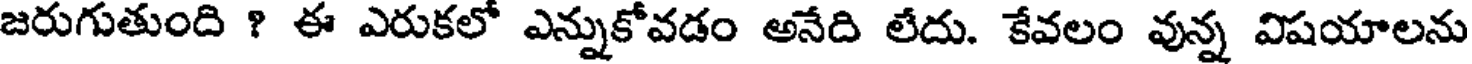
జరుగుతుంది ? ఈ ఎరుకలో ఎన్నుకోవడం అనేది లేదు. కేవలం వున్న విషయాలను